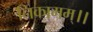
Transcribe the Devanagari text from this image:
निकामम्।।